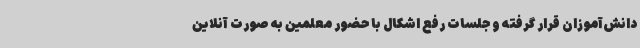
دانش‌آموزان قرار گرفته و جلسات رفع اشکال با حضور معلمین به صورت آنلاین